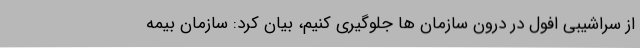
از سراشیبی افول در درون سازمان ها جلوگیری کنیم، بیان کرد: سازمان بیمه